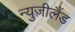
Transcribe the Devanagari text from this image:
न्युज़ीलैंड